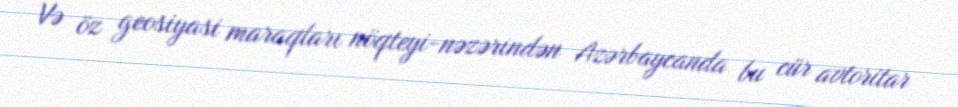
Və öz geosiyasi maraqları nöqteyi-nəzərindən Azərbaycanda bu cür avtoritar